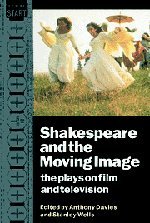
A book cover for Shakespeare and the Moving Image: The Plays on Film and Television; Humor & Entertainment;